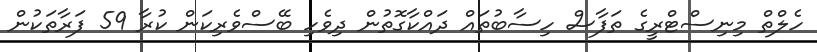
ހެލްތް މިނިސްޓްރީގެ ތަފާސް ހިސާބުތައް ދައްކާގޮތުން ދިވެހި ބޭސްވެރިކަން ކުރާ 59 ފަރާތަކުން